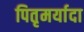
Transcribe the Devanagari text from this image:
पितृमर्यादा